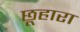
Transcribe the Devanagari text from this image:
छूहारा